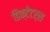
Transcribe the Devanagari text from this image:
डिक्टेटर्स